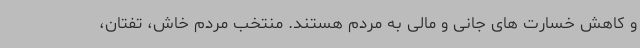
و کاهش خسارت های جانی و مالی به مردم هستند. منتخب مردم خاش، تفتان،